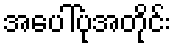
အပေါ်ပုံအတိုင်း